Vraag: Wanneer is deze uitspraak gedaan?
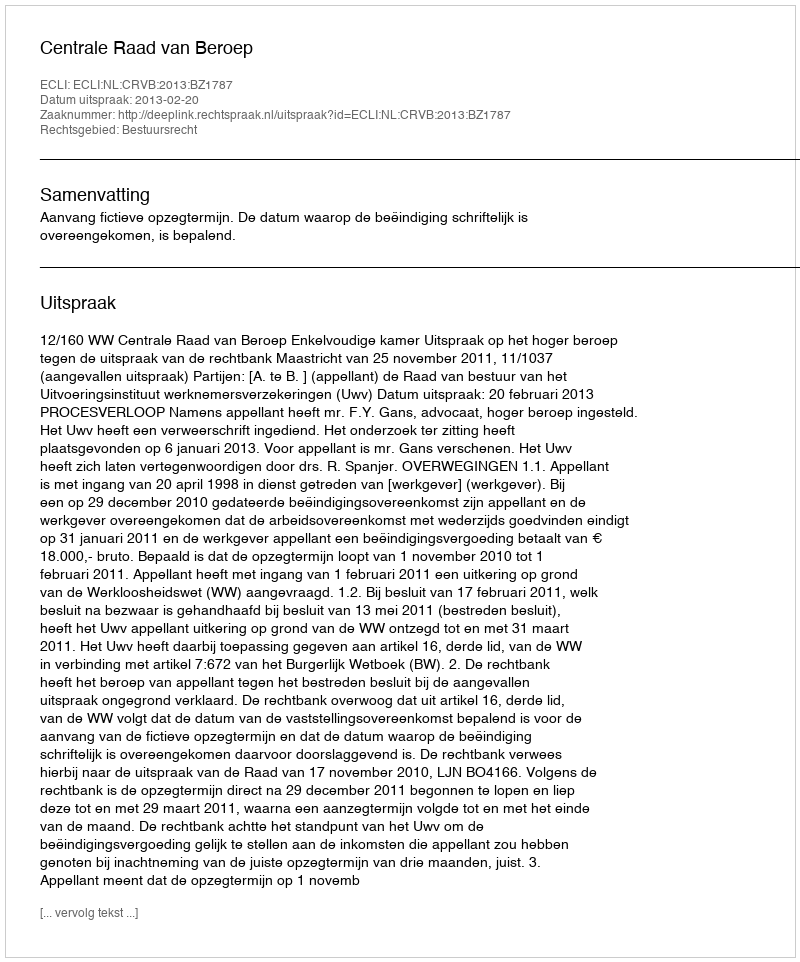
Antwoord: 2013-02-20